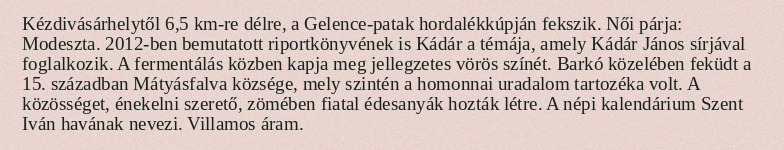
Kézdivásárhelytől 6,5 km-re délre, a Gelence-patak hordalékkúpján fekszik. Női párja: Modeszta. 2012-ben bemutatott riportkönyvének is Kádár a témája, amely Kádár János sírjával foglalkozik. A fermentálás közben kapja meg jellegzetes vörös színét. Barkó közelében feküdt a 15. században Mátyásfalva községe, mely szintén a homonnai uradalom tartozéka volt. A közösséget, énekelni szerető, zömében fiatal édesanyák hozták létre. A népi kalendárium Szent Iván havának nevezi. Villamos áram.